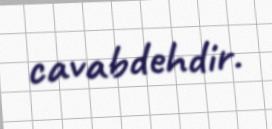
cavabdehdir.